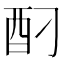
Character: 𮠗